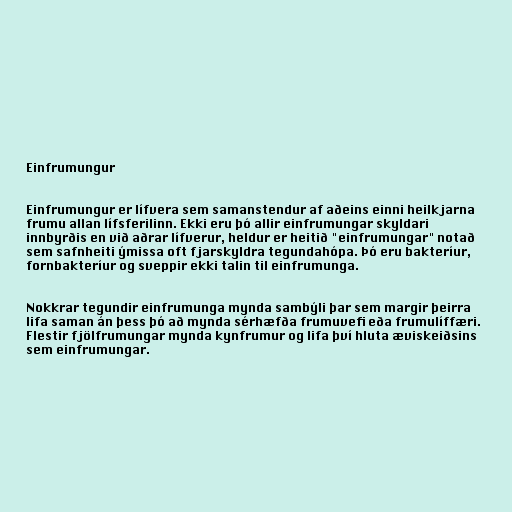
Einfrumungur

Einfrumungur er lífvera sem samanstendur af aðeins einni heilkjarna
frumu allan lífsferilinn. Ekki eru þó allir einfrumungar skyldari
innbyrðis en við aðrar lífverur, heldur er heitið "einfrumungar" notað
sem safnheiti ýmissa oft fjarskyldra tegundahópa. Þó eru bakteríur,
fornbakteríur og sveppir ekki talin til einfrumunga.

Nokkrar tegundir einfrumunga mynda sambýli þar sem margir þeirra
lifa saman án þess þó að mynda sérhæfða frumuvefi eða frumulíffæri.
Flestir fjölfrumungar mynda kynfrumur og lifa því hluta æviskeiðsins
sem einfrumungar.